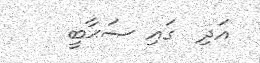
އަދި  ގައި ޞަޙާބީ